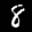
Digit: 8